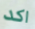
اكد